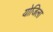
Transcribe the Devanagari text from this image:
योजिला